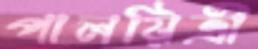
পালয়িত্রী